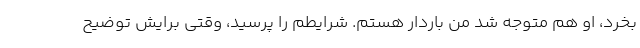
بخرد، او هم متوجه شد من باردار هستم. شرایطم را پرسید، وقتی برایش توضیح